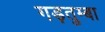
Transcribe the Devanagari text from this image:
गड़तुम्बा